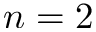
n = 2